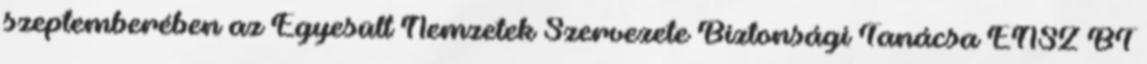
szeptemberében az Egyesült Nemzetek Szervezete Biztonsági Tanácsa ENSZ BT